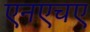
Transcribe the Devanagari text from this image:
एनएचए